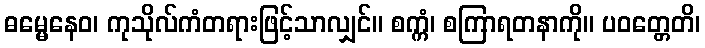
ဓမ္မေနေဝ၊ ကုသိုလ်ကံတရားဖြင့်သာလျှင်။ စက္ကံ၊ စကြာရတနာကို။ ပဝတ္တေတိ၊